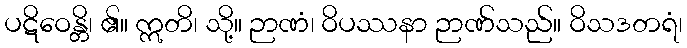
ပဋိဝေန္တိ၊ ၏။ ဣတိ၊ သို့။ ဉာဏံ၊ ဝိပဿနာ ဉာဏ်သည်။ ဝိသဒတရံ၊